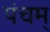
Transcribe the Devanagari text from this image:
पंचम्‌